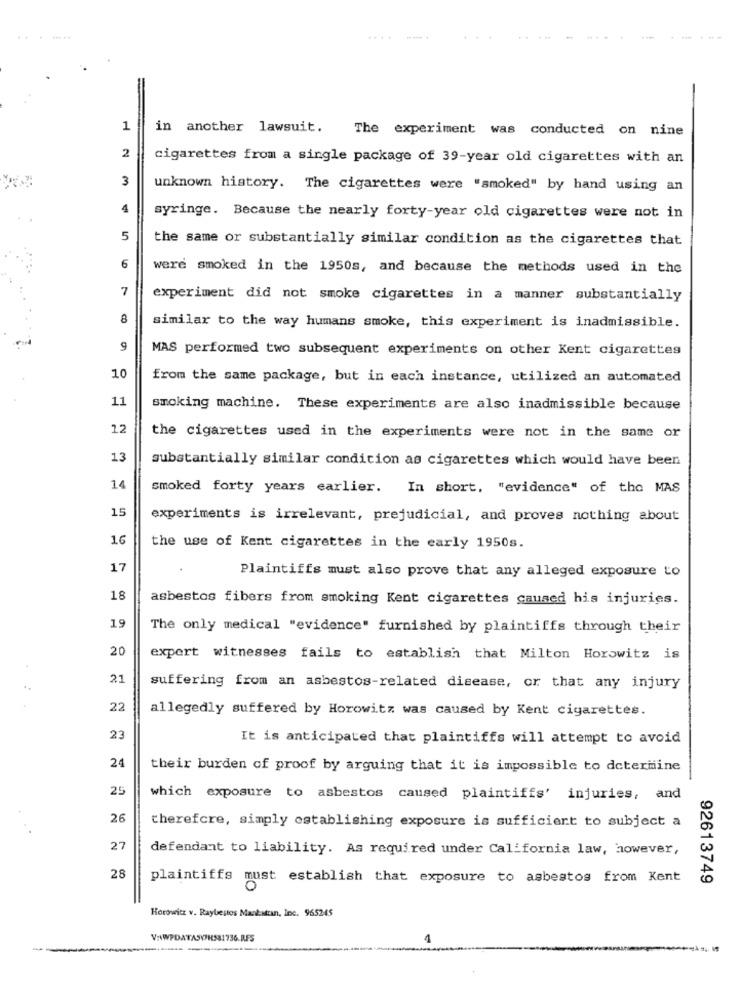
......
1
in another lawsuit.
The experiment was conducted on nine
2
cigarettes from a single package of 39-year old cigarettes with an
3
unknown history. The cigarettes were "smoked" by hand using an
4
syringe. Because the nearly forty-year old cigarettes were not in
5
the same or substantially similar condition as the cigarettes that
6
were smoked in the 1950s, and because the methods used in the
7
experiment did not smoke cigarettes in a manner substantially
8
similar to the way humans smoke, this experiment is inadmissible.
9
MAS performed two subsequent experiments on other Kent cigarettes
10
from the same package, but in each instance, utilized an automated
11
smoking machine. These experiments are also inadmissible because
12
the cigarettes used in the experiments were not in the same or
13
substantially similar condicion as cigarettes which would have been
14
smoked forty years earlier. In short, "evidence" of the MAS
15
experiments is irrelevant, prejudicial, and proves nothing about
16
the use of Kent cigarettes in the early 1950s.
17
Plaintiffs must also prove that any alleged exposure to
18
asbestos fibers from smoking Kent cigarettes caused his injuries.
19
The only medical "evidence" furnished by plaintiffs through their
20
expert witnesses fails to establish that Milton Horowitz is
21
suffering from an asbestos-related disease, or that any injury
22
allegedly suffered by Horowitz was caused by Kent cigarettes.
23
It is anticipated that plaintiffs will attempt to avoid
24
their burden of proof by arguing that it is impossible to determine
25
which exposure to asbestos caused plaintiffs' injuries, and
26
cherefcre, simply establishing exposure is sufficient to subject a
27
defendant to liability. As required under California law, however,
28
plaintiffs must establish that exposure to asbestos from Kent
92613749
Horowitz v. Raybestos Mankatrin, Inc. 965245
V:\WPDATASY7HS81736.RFS